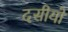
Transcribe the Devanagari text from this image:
दसीयों